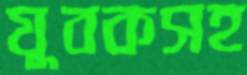
যুবকসহ